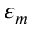
\varepsilon _ { m }